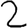
Digit: 2